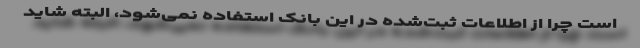
است چرا از اطلاعات ثبت‌شده در این بانک استفاده نمی‌شود، البته شاید